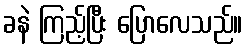
ခနဲ ကြည့်ပြီး ပြောလေသည်။